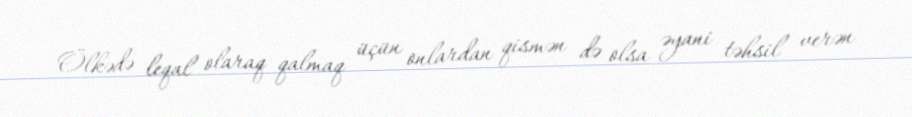
Ölkədə leqal olaraq qalmaq üçün onlardan qismən də olsa əyani təhsil verən